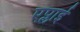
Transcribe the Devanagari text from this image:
एप्लाई